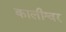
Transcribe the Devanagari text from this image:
कालीश्वर